Annual report of the Punjab Veterinary College and of the Civil Veterinary Department, Punjab - 1894-1908
Year: 1894
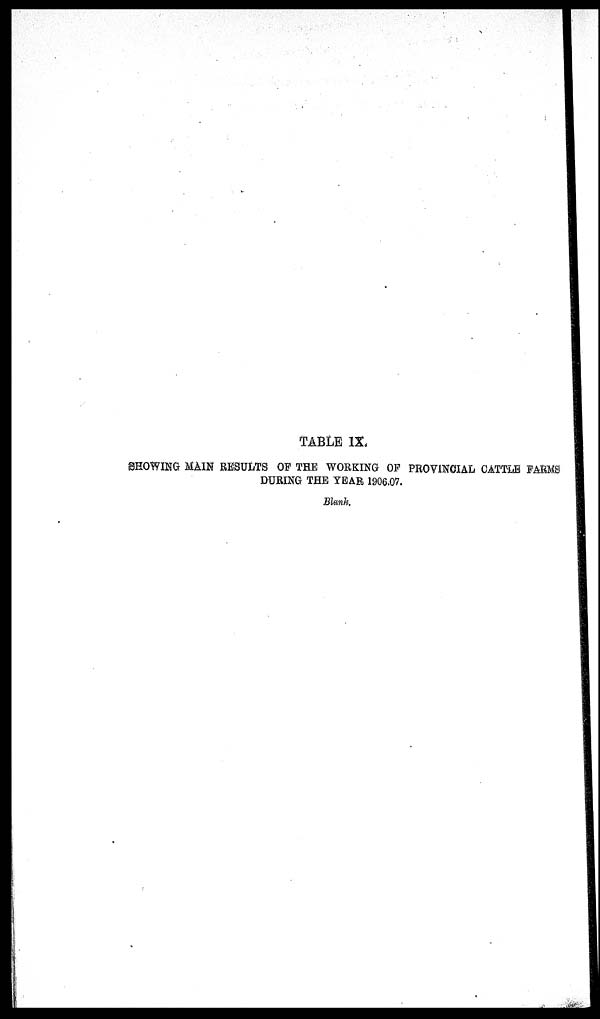
TABLE IX.
SHOWING MAIN RESULTS OF THE WORKING OF PROVINCIAL CATTLE FARMS
DURING THE YEAR 1906.07.
Blank.